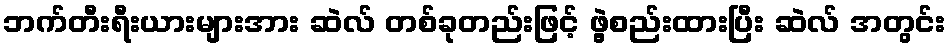
ဘက်တီးရီးယားများအား ဆဲလ် တစ်ခုတည်းဖြင့် ဖွဲ့စည်းထားပြီး ဆဲလ် အတွင်း